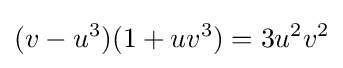
(v-u^{3})(1+uv^{3})=3u^{2}v^{2}